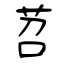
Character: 苕